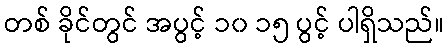
တစ် ခိုင်တွင် အပွင့် ၁၀ ၁၅ ပွင့် ပါရှိသည်။